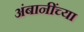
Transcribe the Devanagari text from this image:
अंबानींच्या